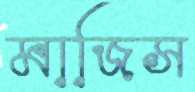
মাজিস